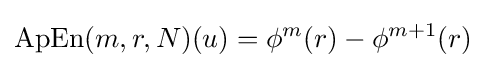
\mathrm {ApEn} (m,r,N)(u)=\phi ^{m}(r)-\phi ^{m+1}(r)